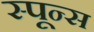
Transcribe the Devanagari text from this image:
स्पून्स